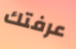
عرفتك